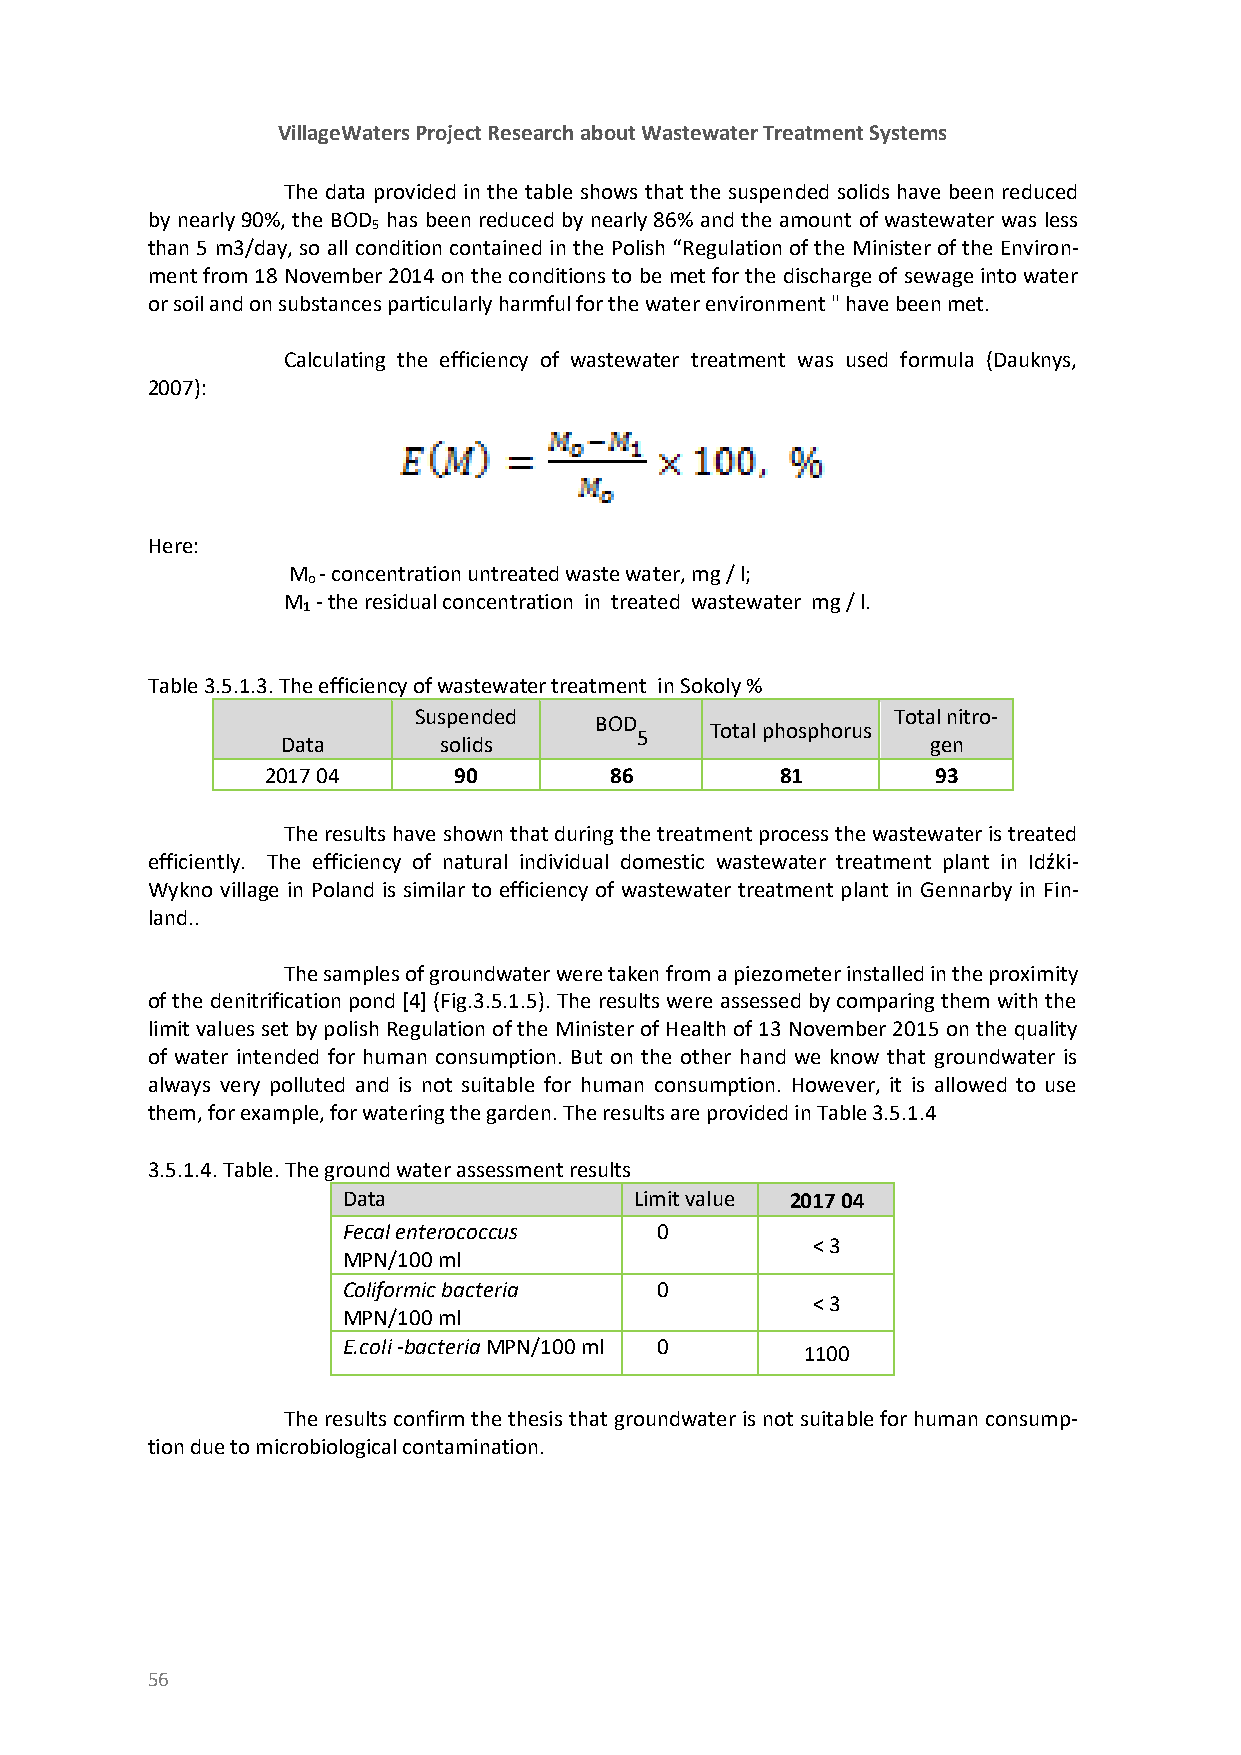
VillageWaters Project Research about Wastewater Treatment Systems
 The data provided in the table shows that the suspended solids have been reduced
 by nearly 90%, the BOD has been reduced by nearly 86% and the amount of wastewater was less
 5
 than 5 m3/day, so all condition contained in the Polish “Regulation of the Minister of the Environ-
 ment from 18 November 2014 on the conditions to be met for the discharge of sewage into water
 or soil and on substances particularly harmful for the water environment " have been met.
 Calculating the efficiency of wastewater treatment was used formula (Dauknys,
 2007):
 Here:
 M - concentration untreated waste water, mg / l;
 o
 M - the residual concentration in treated wastewater mg / l.
 1
 Table 3.5.1.3. The efficiency of wastewater treatment in Sokoly %
 Suspended                       Total nitro-
 BOD
 Total phosphorus
 5
 Data      solids                           gen
 2017 04     90        86          81        93
 The results have shown that during the treatment process the wastewater is treated
 efficiently. The efficiency of natural individual domestic wastewater treatment plant in Idźki-
 Wykno village in Poland is similar to efficiency of wastewater treatment plant in Gennarby in Fin-
 land..
 The samples of groundwater were taken from a piezometer installed in the proximity
 of the denitrification pond [4] (Fig.3.5.1.5). The results were assessed by comparing them with the
 limit values set by polish Regulation of the Minister of Health of 13 November 2015 on the quality
 of water intended for human consumption. But on the other hand we know that groundwater is
 always very polluted and is not suitable for human consumption. However, it is allowed to use
 them, for example, for watering the garden. The results are provided in Table 3.5.1.4
 3.5.1.4. Table. The ground water assessment results
 Data               Limit value 2017 04
 Fecal enterococcus  0
 < 3
 MPN/100 ml
 Coliformic bacteria 0
 < 3
 MPN/100 ml
 E.coli -bacteria MPN/100 ml 0
 1100
 The results confirm the thesis that groundwater is not suitable for human consump-
 tion due to microbiological contamination.
 56